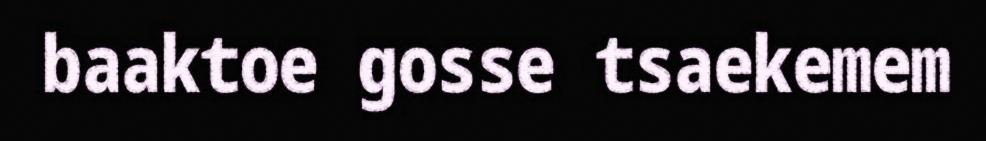
baaktoe gosse tsaekemem